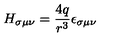
H _ { \sigma \mu \nu } = \frac { 4 q } { r ^ { 3 } } \epsilon _ { \sigma \mu \nu }